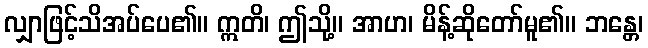
လျှာဖြင့်သိအပ်ပေ၏။ ဣတိ၊ ဤသို့။ အာဟ၊ မိန့်ဆိုတော်မူ၏။ ဘန္တေ၊